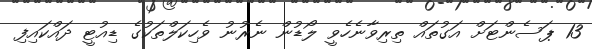
13 ޕަސެންޓަށް އަގުތައް ތިރިވާނެހެވީ ލޯޑުން ނެރުނު ވެހިކަލްތަކުގެ ޑިއުޓީ ދައްކައިފި